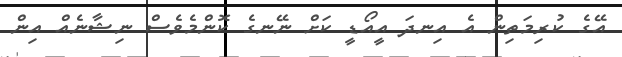
އޭގެ ކުރިމަތިން އެ އިނދަ އީއޯޑީ ކަށް ނޭނގެ ކޮންމެވެސް ނިޝާނެއް އިން